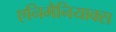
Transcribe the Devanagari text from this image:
एनिमैनियाक्स